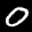
Label: 0